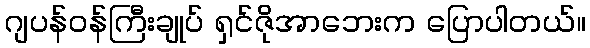
ဂျပန်ဝန်ကြီးချုပ် ရှင်ဇိုအာဘေးက ပြောပါတယ်။